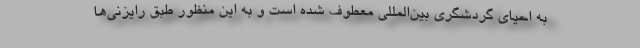
به احیای گردشگری بین‌المللی معطوف شده است و به این منظور طبق رایزنی‌ها